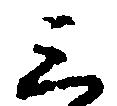
三